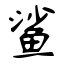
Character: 鲨